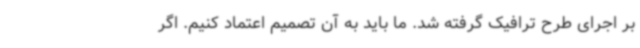
بر اجرای طرح ترافیک گرفته شد. ما باید به آن تصمیم اعتماد کنیم. اگر